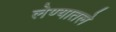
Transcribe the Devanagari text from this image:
लेण्यातले